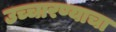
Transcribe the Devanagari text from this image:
उच्चारण्याचा